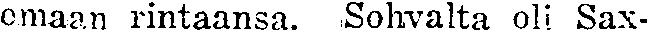
omaan rintaansa. Sohvalta oli Sax-